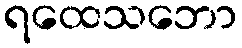
ရထေသဘော